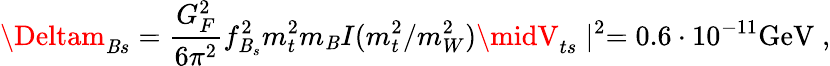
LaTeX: \Deltam_{\mathit{B}s}=\frac{{G_{F}^{2}}}{{6\pi^{2}}}f_{\mathit{B}_{s}}^{2}m_{t}^{2}m_{\mathit{B}}I(m_{t}^{2}/m_{W}^{2})\midV_{ts}\mid^{2}=0.6\cdot10^{-11}\mathrm{{GeV}}\; ,